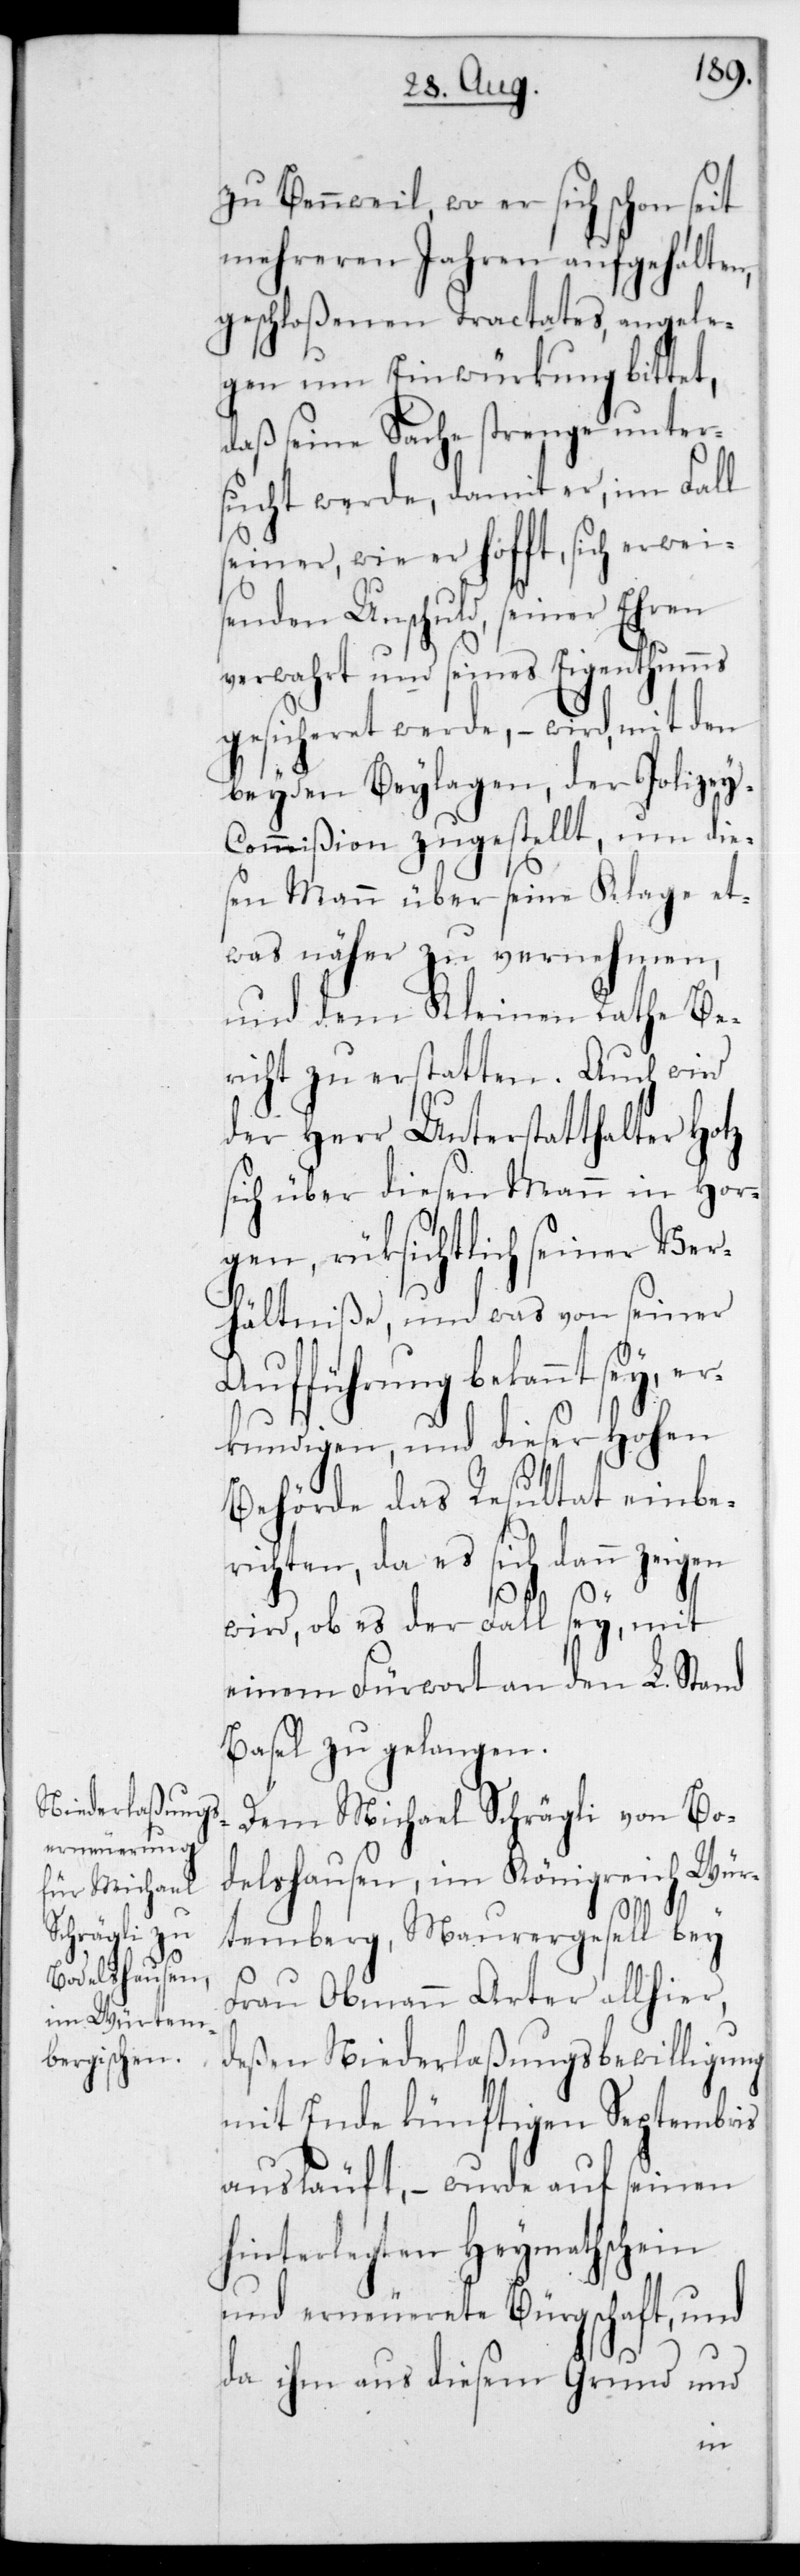
zu Bennweil, wo er sich schon seit
mehreren Jahren aufgehalten,
geschloßenen Tractates, angele¬
gen um Einwürkung bittet,
daß seine Sache strenge unter¬
sucht werde, damit er, im Fall
seiner, wie er hofft, sich erweis¬
enden Unschuld, seiner Ehren
verwahrt und seines Eigenthumms
gesicheret werde, – wird, mit den
beyden Beylagen, der Polize¬
y-Commißion zugestellt, um die¬
sen Mann über seine Klage et¬
was näher zu vernehmen,
und dem Kleinen Rathe Be¬
richt zu erstatten. Auch wird
der Herr Unterstatthalter Hotz
sich über diesen Mann in Hor¬
gen, rücksichtlich seiner Ver¬
hältniße, und was von seiner
Aufführung bekannt sey,
erkundigen, und dieser Hohen
Behörde das Resultat einbe¬
richten, da es sich dann zeigen
wird, ob es der Fall sey, mit
einem Fürwort an den L. Stand
Basel zu gelangen.
Dem Michael Schrägli von Bo¬
delshausen, im Königreich Wür¬
temberg, Maurergesell bey
Frau Obmann Arter allhier,
deßen Niederlaßungsbewilligung
mit Ende künftigen Septembris
ausläuft, – wurde auf seinen
hinterlegten Heymathschein
und erneuerete Bürgschaft, und
da ihm aus diesem Grund und